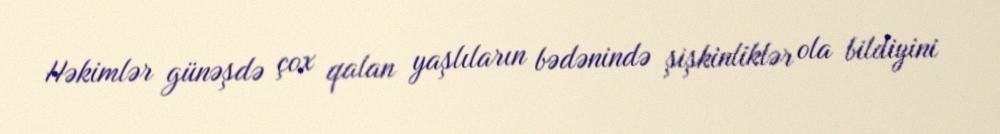
Həkimlər günəşdə çox qalan yaşlıların bədənində şişkinliklər ola bildiyini